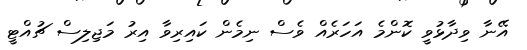
އޭނާ ވިދާޅުވީ ކޮންމެ އަހަރެއް ވެސް ނިމެން ކައިރިވާ އިރު މަޖިލިސް ޗުއްޓީ